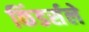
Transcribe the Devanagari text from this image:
किंडर्सले